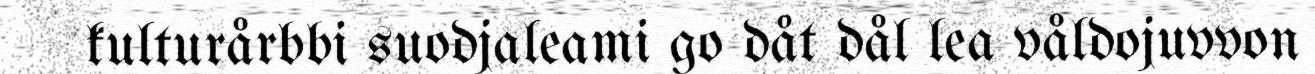
kulturårbbi suodjaleami go dåt dål lea våldojuvvon